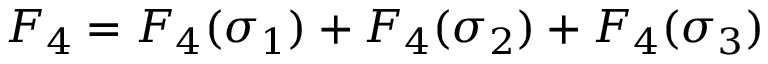
F _ { 4 } = F _ { 4 } ( \sigma _ { 1 } ) + F _ { 4 } ( \sigma _ { 2 } ) + F _ { 4 } ( \sigma _ { 3 } )